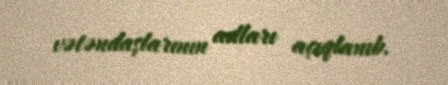
vətəndaşlarının adları açıqlanıb.